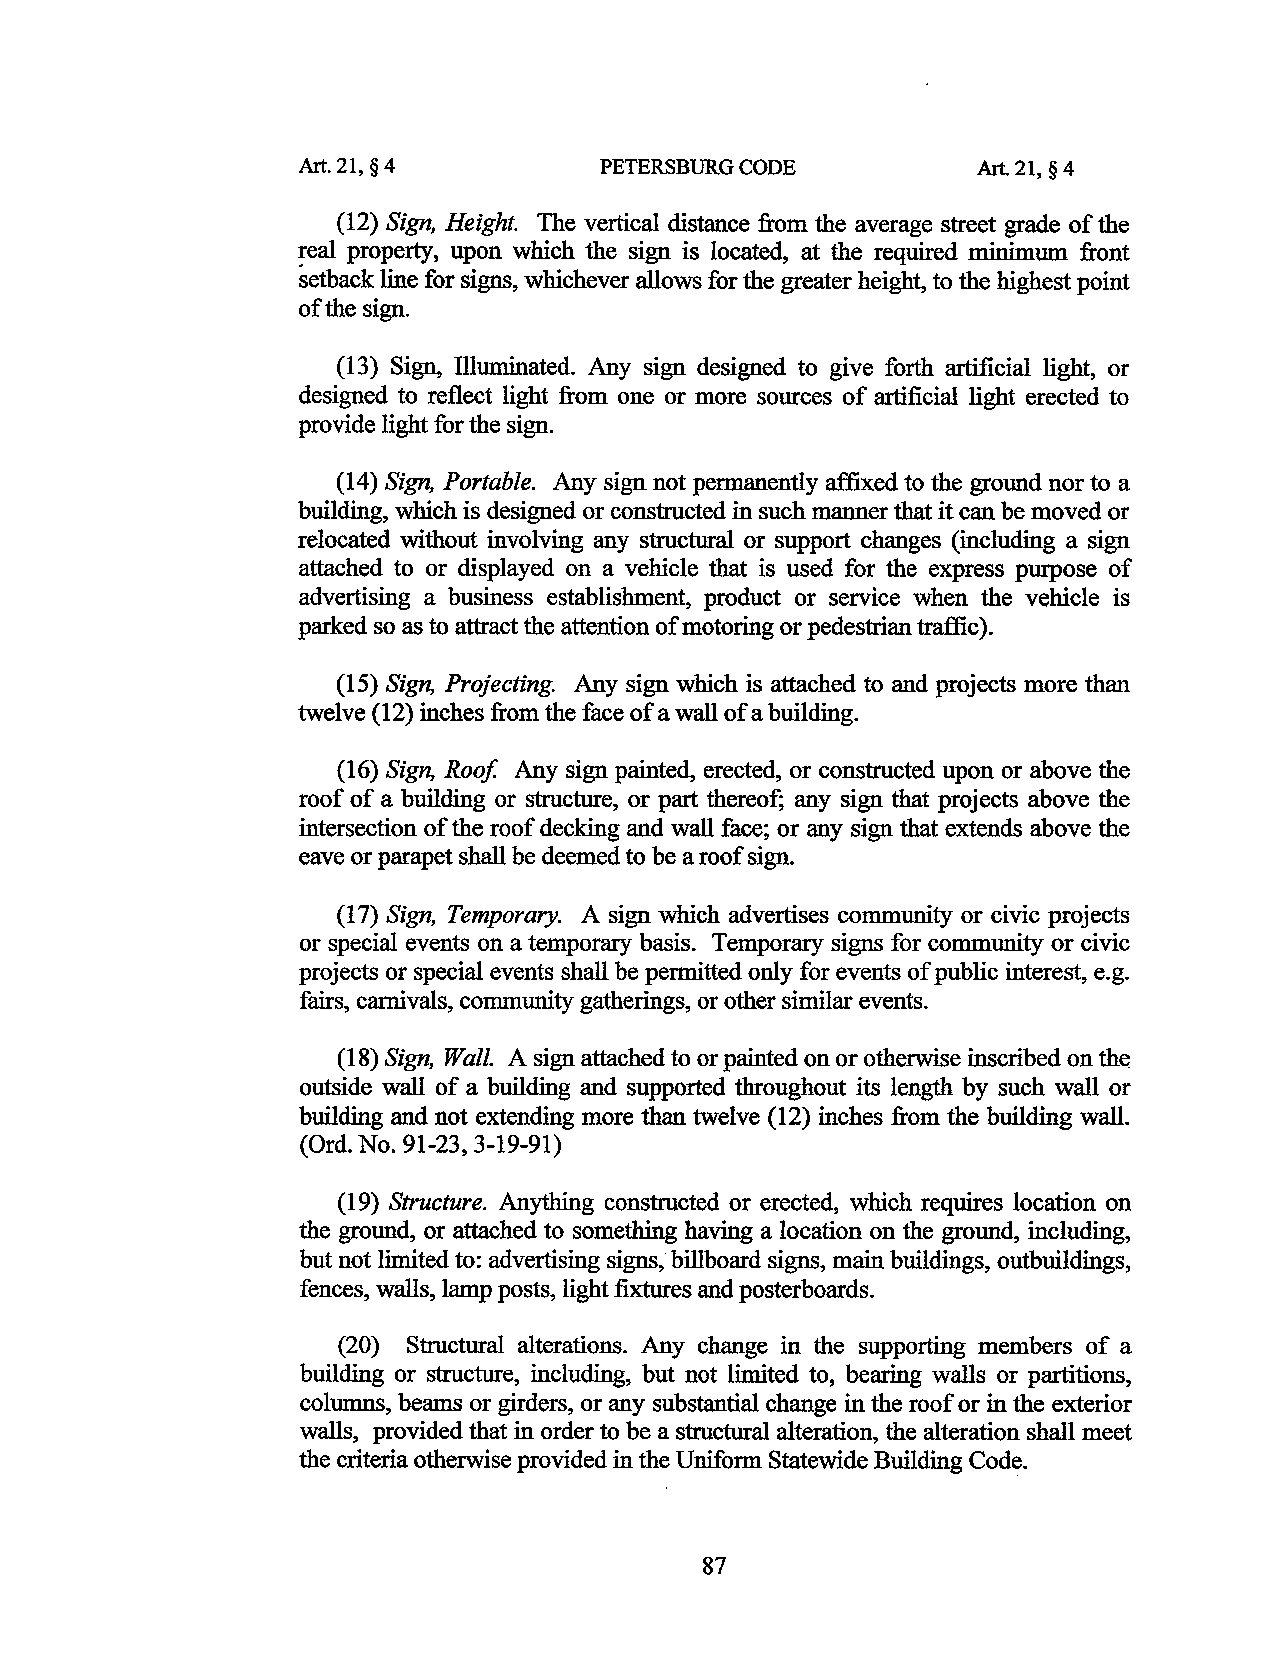
Art. 21, § 4        PETERSBURG CODE          Art. 21, § 4
 (12) Sign, Height. The vertical distance from the average street grade of the
 real property, upon which the sign is located, at the required minimum front
 setback line for signs, whichever allows for the greater height, to the highest point
 of the sign.
 (13) Sign, illuminated. Any sign designed to give forth artificial light, or
 designed to reflect light from one or more sources of artificial light erected to
 provide light for the sign.
 (14) Sign, Portable. Any sign not permanently affixed to the ground nor to a
 building, which is designed or constructed in such manner that it can be moved or
 relocated without involving any structural or support changes (including a sign
 attached to or displayed on a vehicle that is used for the express purpose of
 advertising a business establishment, product or service when the vehicle is
 parked so as to attract the attention of motoring or pedestrian traffic).
 (15) Sign, Projecting. Any sign which is attached to and projects more than
 twelve (12) inches from the face of a wall of a building.
 (16) Sign, Roof Any sign painted, erected, or constructed upon or above the
 roof of a building or structure, or part thereof; any sign that projects above the
 intersection of the roof decking and wall face; or any sign that extends above the
 eave or parapet shall be deemed to be a roof sign.
 (17) Sign, Temporary. A sign which advertises community or civic projects
 or special events on a temporary basis. Temporary signs for community or civic
 projects or special events shall be permitted only for events of public interest, e.g.
 fairs, carnivals, community gatherings, or other similar events.
 (18) Sign, Wall. A sign attached to or painted on or otherwise inscribed on the
 outside wall of a building and supported throughout its length by such wall or
 building and not extending more than twelve (12) inches from the building wall.
 (Ord. No. 91-23, 3-19-91)
 (19) Structure. Anything constructed or erected, which requires location on
 the ground, or attached to something having a location on the ground, including,
 but not limited to: advertising signs; billboard signs, main buildings, outbuildings,
 fences, walls, lamp posts, light fixtures and posterboards.
 (20) Structural alterations. Any change in the supporting members of a
 building or structure, including, but not limited to, bearing walls or partitions,
 columns, beams or girders, or any substantial change in the roof or in the exterior
 walls, provided that in order to be a structural alteration, the alteration shall meet
 the criteria otherwise provided in the Uniform Statewide Building Code.
 87